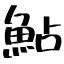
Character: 鮎